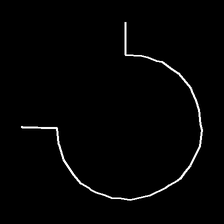
Glyph: weave